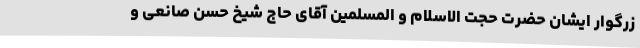
زرگوار ایشان حضرت حجت الاسلام و المسلمین آقای حاج شیخ حسن صانعی و